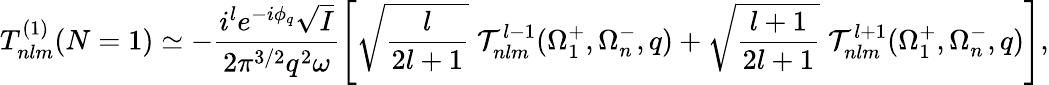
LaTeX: T_{nlm}^{(1)}(N=1)\simeq-\frac{i^{l}e^{-i\phi_{q}}\sqrt{I}}{2{\pi}^{3/2}q^{2}\omega}\left[\sqrt{\frac{l}{2l+1}}\; {\cal T}_{nlm}^{l-1}(\Omega_{1}^{+},\Omega_{n}^{-},q)+\sqrt{\frac{l+1}{2l+1}}\; {\cal T}_{nlm}^{l+1}(\Omega_{1}^{+},\Omega_{n}^{-},q)\right],